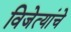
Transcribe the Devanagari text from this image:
विजेत्यांचे